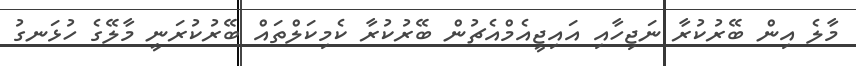
މާލެ އިން ބޭރުކުރާ ނަޖިހާއި އައިޖީއެމްއެޗުން ބޭރުކުރާ ކެމިކަލްތައް ބޭރުކުރަނީ މާލޭގެ ހުޅަނގު